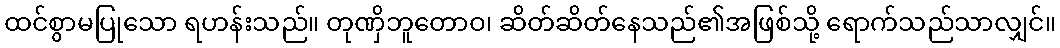
ထင်စွာမပြုသော ရဟန်းသည်။ တုဏှိဘူတောဝ၊ ဆိတ်ဆိတ်နေသည်၏အဖြစ်သို့ ရောက်သည်သာလျှင်။